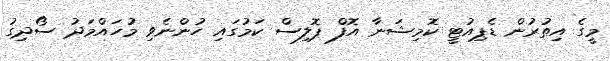
މީގެ އިތުރުން ޑެޕިއުޓީ ކޮމިޝަނާ އޮފް ޕޮލިސް ކަމުގައި ހުންނެވި މުހައްމަދު ސޯދިގު